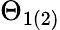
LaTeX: \Theta_{1(2)}